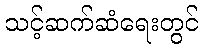
သင့်ဆက်ဆံရေးတွင်